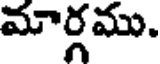
మార్గము.